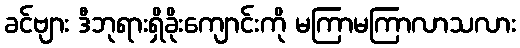
ခင်ဗျား ဒီဘုရားရှိခိုးကျောင်းကို မကြာမကြာလာသလား